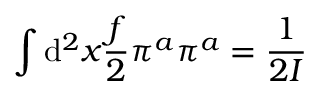
\int \mathrm { d } ^ { 2 } x \frac { f } { 2 } \pi ^ { a } \pi ^ { a } = \frac { 1 } { 2 { \cal I } }